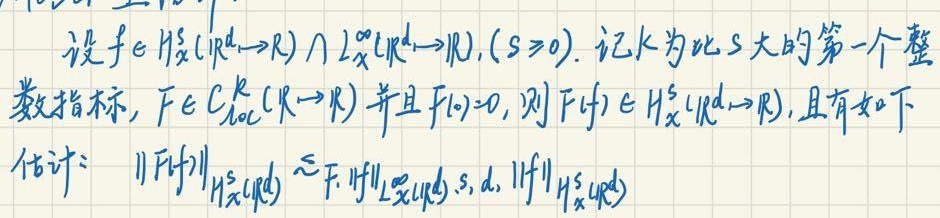
设\(f\in H_{x}^{s}(\mathbb{R}^{d}\to\mathbb{R})\cap L_{x}^{\infty}(\mathbb{R}^{d}\to\mathbb{R}),(s \geq 0)\). 记\(k\)为比\(s\)大的第一个整
数指标, \(F\in C_{\mathrm{loc}}^{k}(\mathbb{R}\to\mathbb{R})\)并且\(F(0) = 0\), 则\(F(f)\in H_{x}^{s}(\mathbb{R}^{d}\to\mathbb{R})\), 且有如下
估计: \(\|F(f)\|_{H_{x}^{s}(\mathbb{R}^{d})}\lesssim_{F, \|f\|_{L_{x}^{\infty}(\mathbb{R}^{d})}, s, d, }\|f\|_{H_{x}^{s}(\mathbb{R}^{d})}\)